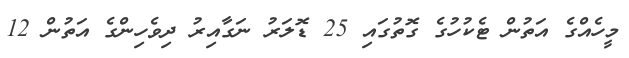
މީހެއްގެ އަތުން ޓެކުހުގެ ގޮތުގައި 25 ޑޮލަރު ނަގާއިރު ދިވެހިންގެ އަތުން 12